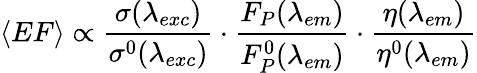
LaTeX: \langle EF\rangle\propto\frac{\sigma(\lambda_{exc})}{\sigma^{0}(\lambda_{exc})}\cdot\frac{F_{P}(\lambda_{em})}{F_{P}^{0}(\lambda_{em})}\cdot\frac{\eta(\lambda_{em})}{\eta^{0}(\lambda_{em})}